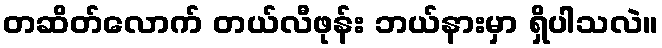
တဆိတ်လောက် တယ်လီဖုန်း ဘယ်နားမှာ ရှိပါသလဲ။